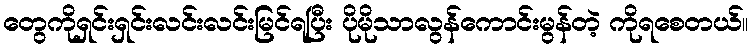
တွေကိုရှင်းရှင်းလင်းလင်းမြင်ရပြီး ပိုမိုသာလွန်ကောင်းမွန်တဲ့ ကိုရစေတယ်။